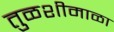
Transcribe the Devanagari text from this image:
तुळशीमाळा